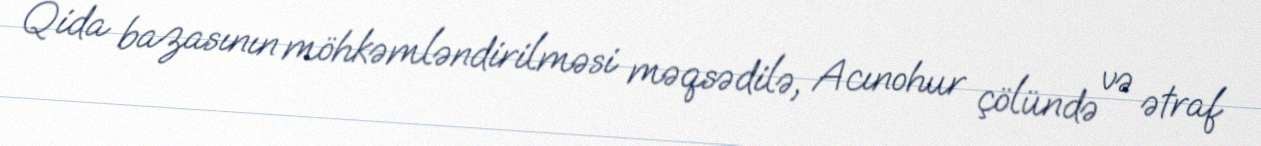
Qida bazasının möhkəmləndirilməsi məqsədilə, Acınohur çölündə və ətraf